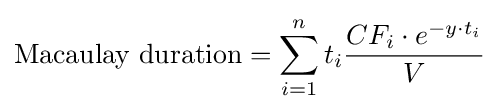
{\text{Macaulay duration}}=\sum _{i=1}^{n}t_{i}{\frac {CF_{i}\cdot e^{-y\cdot t_{i}}}{V}}